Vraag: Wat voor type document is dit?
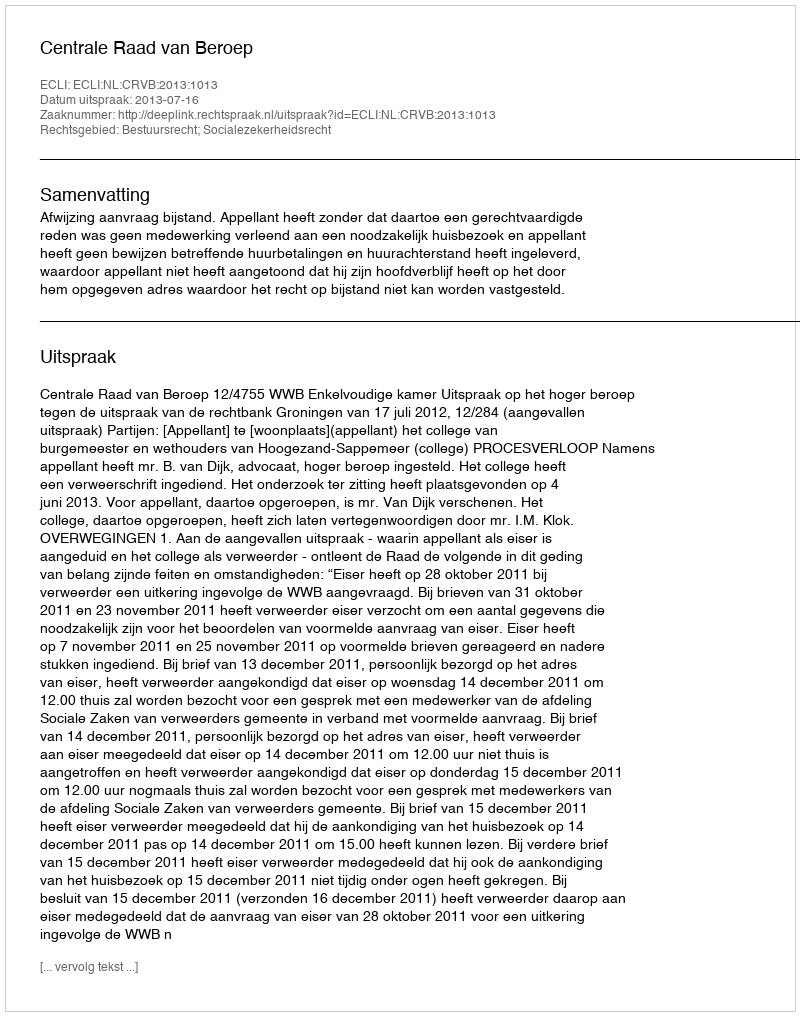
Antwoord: Uitspraak